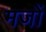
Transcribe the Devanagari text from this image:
मजों